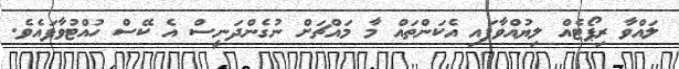
ލައްވާ ރިޕޯޓެއް ލިޔުއްވާފައި އެކަންތައް މާ މައްޗަށް ނުގެންދަނީސް އެ ކޭސް ހުއްޓުވާފައެވެ.